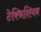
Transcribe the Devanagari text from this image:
टेक्निशियन